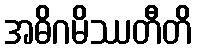
အဓိဂမိဿတီတိ